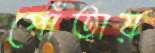
পোঁতায়